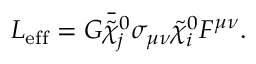
{ \cal L } _ { \mathrm { e f f } } = { \cal G } \bar { \tilde { \chi } _ { j } ^ { 0 } } \sigma _ { \mu \nu } \tilde { \chi } _ { i } ^ { 0 } F ^ { \mu \nu } .